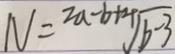
N = ^ { 2 a - b + 4 } \sqrt { b - 3 }